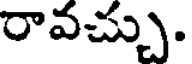
రావచ్చు.